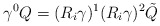
\begin{align*}\gamma^0 Q = (R_i\gamma)^1 (R_i\gamma)^2 \tilde{Q}\end{align*}